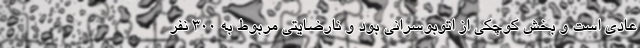
عادی است و بخش کوچکی از اتوبوسرانی بود و نارضایتی مربوط به ۳۰۰ نفر